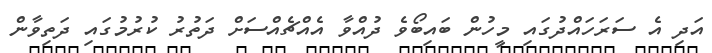
އަދި އެ ސަރަހައްދުގައި މީހުން ބައިބޯވެ ދުއްވާ އެއްޗެއްސަށް ދަތުރު ކުރުމުގައި ދަތިވާން